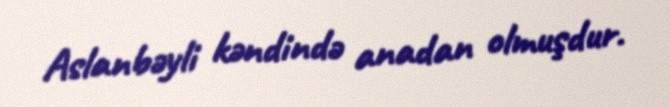
Aslanbəyli kəndində anadan olmuşdur.